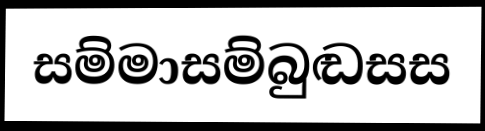
සම්මාසම්බුඬසස